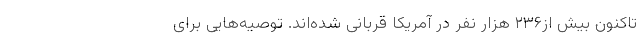
تاکنون بیش از۲۳۶ هزار نفر در آمریکا قربانی شده‌اند. توصیه‌هایی برای